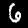
Digit: 6